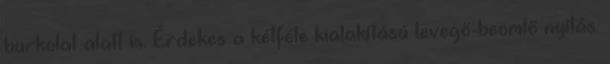
burkolat alatt is. Érdekes a kétféle kialakítású levegő-beömlő nyílás.